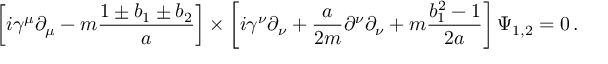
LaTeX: \left[ i \gamma ^ { \mu } \partial _ { \mu } - m { \frac { 1 \pm b _ { 1 } \pm b _ { 2 } } { a } } \right] \times \left[ i \gamma ^ { \nu } \partial _ { \nu } + { \frac { a } { 2 m } } \partial ^ { \nu } \partial _ { \nu } + m { \frac { b _ { 1 } ^ { 2 } - 1 } { 2 a } } \right] \Psi _ { 1 , 2 } = 0 \, .